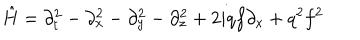
LaTeX: { \hat { H } } = \partial _ { t } ^ { 2 } - \partial _ { x } ^ { 2 } - \partial _ { y } ^ { 2 } - \partial _ { z } ^ { 2 } + 2 i q f \partial _ { x } + q ^ { 2 } f ^ { 2 }